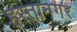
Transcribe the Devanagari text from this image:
हस्तानगर